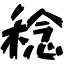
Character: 稔